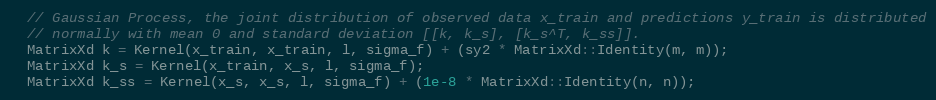
Language: C++
  // Gaussian Process, the joint distribution of observed data x_train and predictions y_train is distributed
  // normally with mean 0 and standard deviation [[k, k_s], [k_s^T, k_ss]].
  MatrixXd k = Kernel(x_train, x_train, l, sigma_f) + (sy2 * MatrixXd::Identity(m, m));
  MatrixXd k_s = Kernel(x_train, x_s, l, sigma_f);
  MatrixXd k_ss = Kernel(x_s, x_s, l, sigma_f) + (1e-8 * MatrixXd::Identity(n, n));